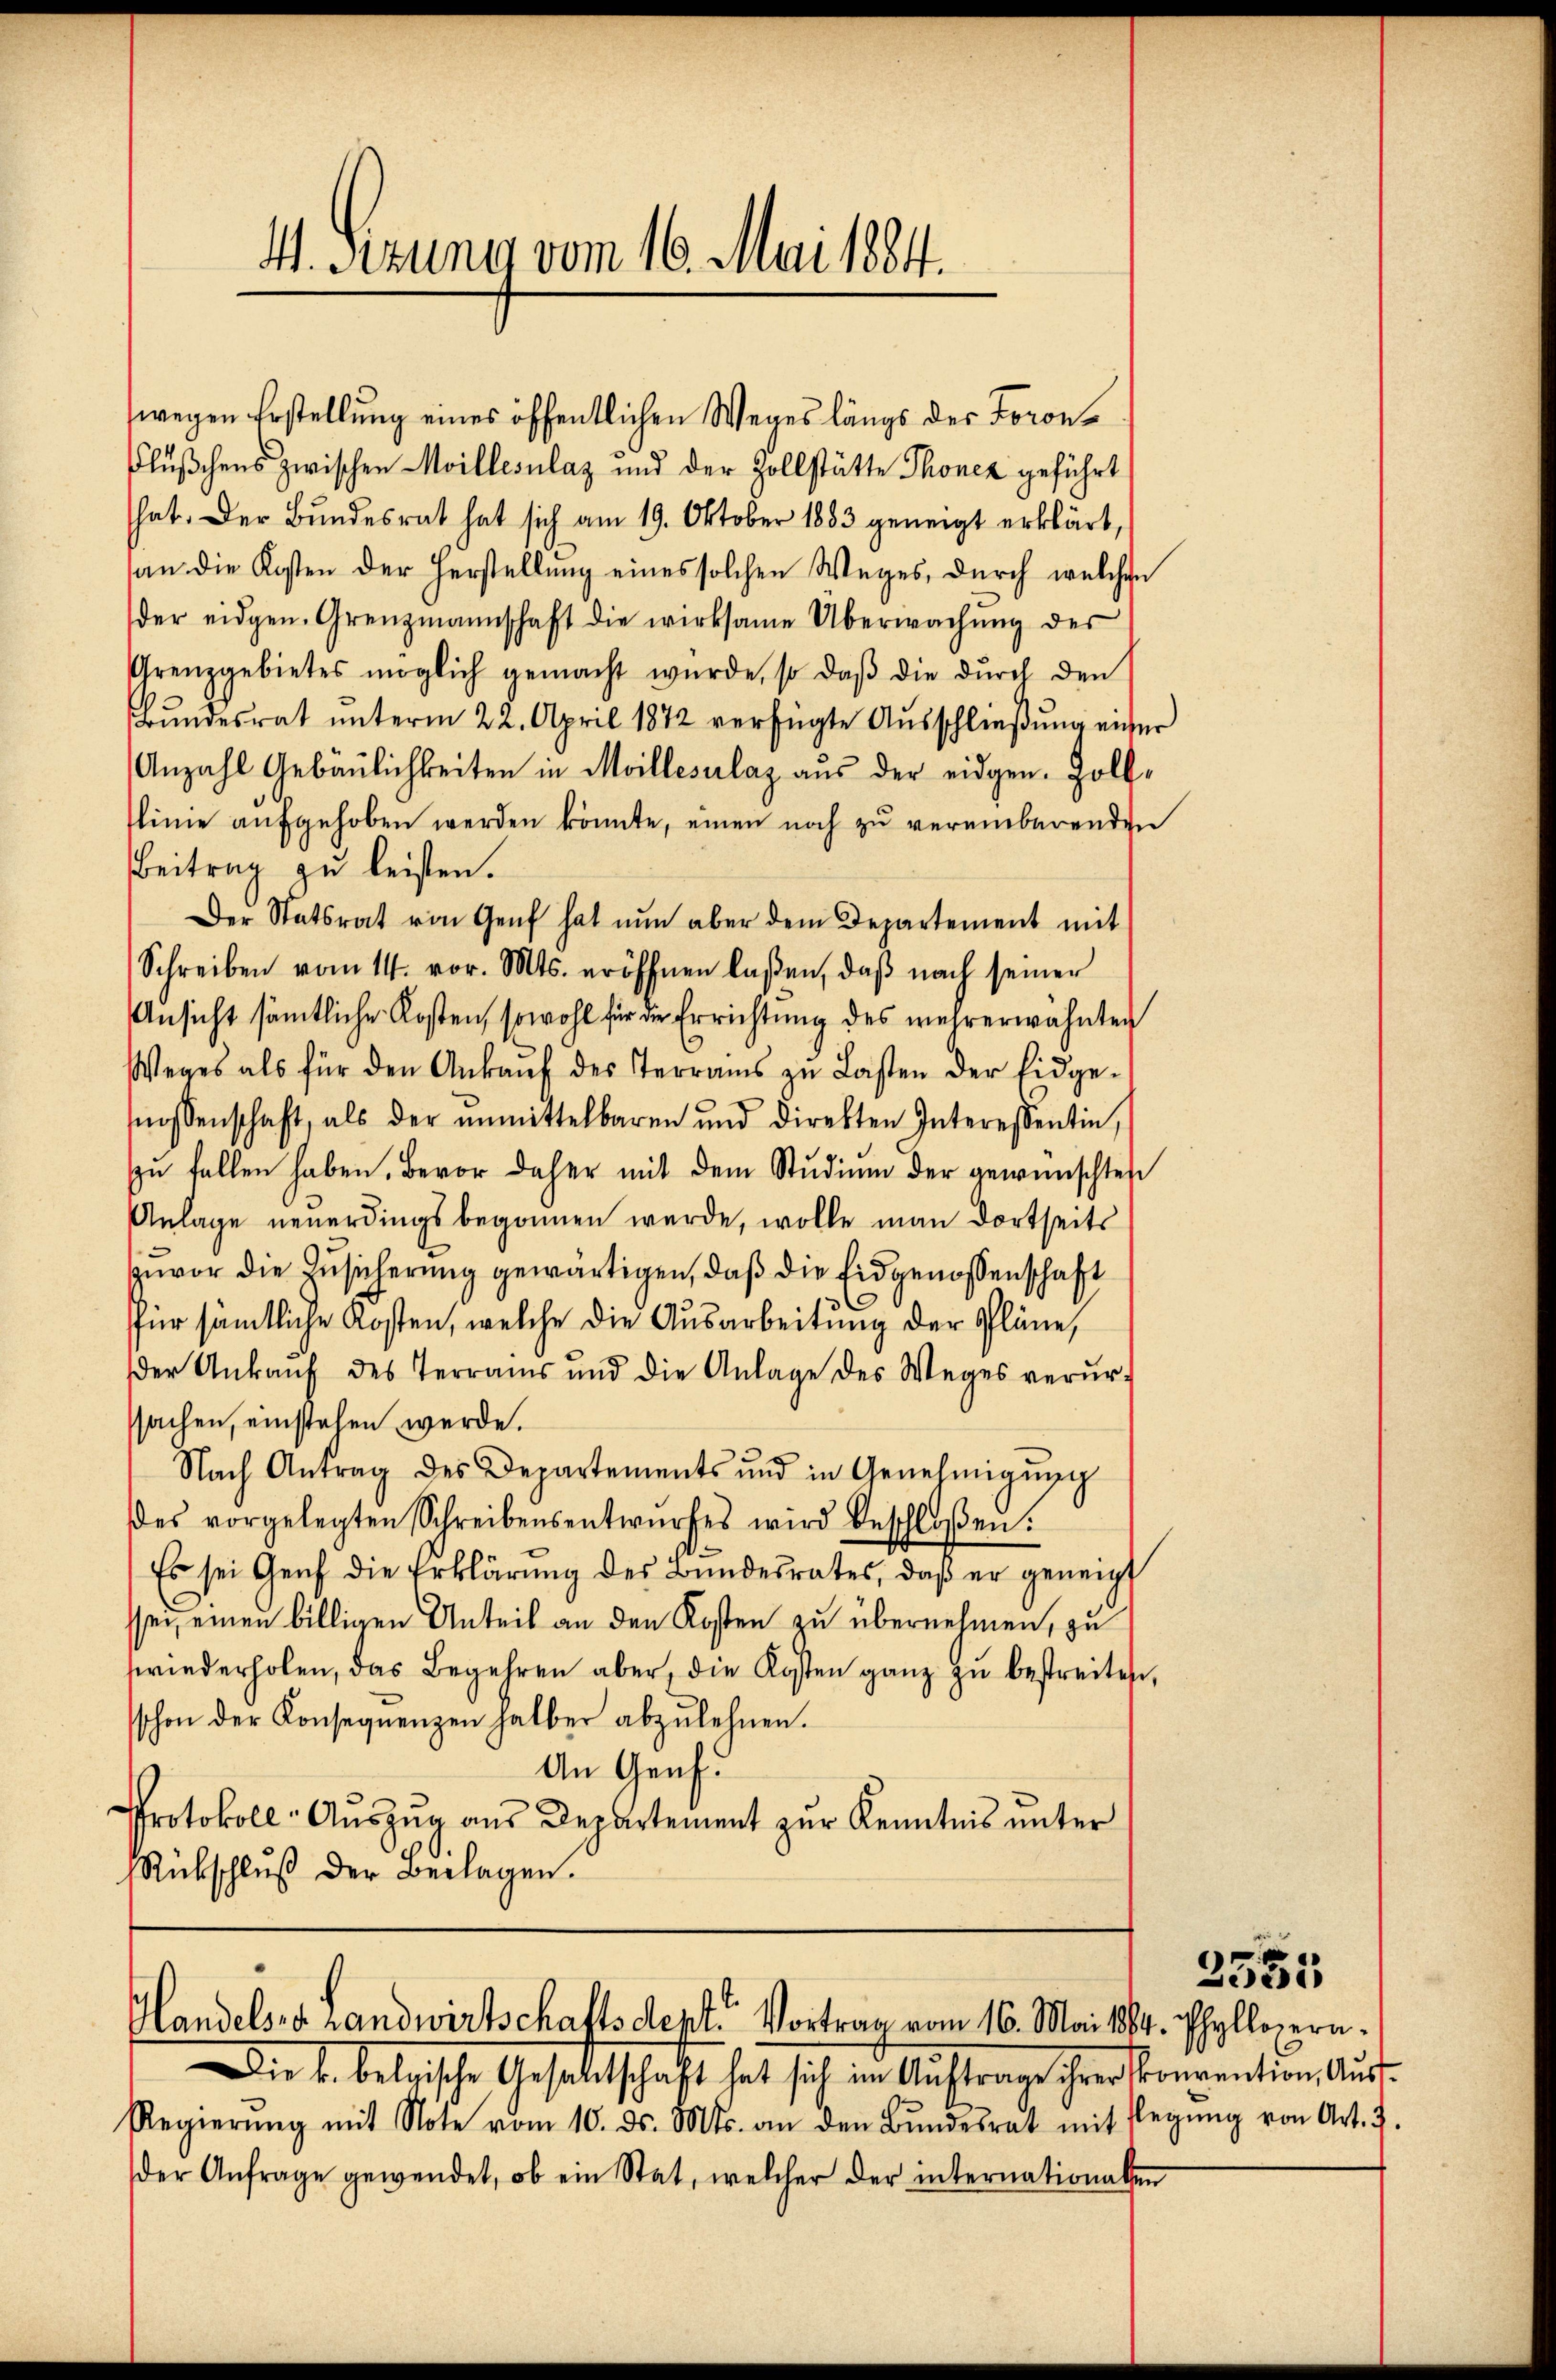
4. Sezung vom 16. Mai 1884.

wegen Erstellung eines öffentlichen Weges längs der Toron¬
Flußchens zwischen Moillesnlaz und der Zollstätte Thoncz geführt
hat. Der Bŭndesrat hat sich am 19. Oktober 1883 geneigt erklärt,
(an die Kosten der Herstellung eines solchen Weges, durch welchen
der eidgen. Grenzmannschaft die wirksame Überwachŭng des
Grenzgebietes möglich gemacht wŭrde, so daβ die dŭrch den
Bŭndesrat ŭnterm 22. April 1872 verfügte Aŭsschließung einer
Anzahl Gebäulichkeiten in Meillesalaz aus der eidgen. Zollslinie aŭfgehoben werden könnte, einen noch zu vereinbarenden
Beitrag zu leisten.
Der Statsrat von Genf hat nŭn aber dem Departement mit
Schreiben vom 14. vor. Mts. eröffnen laßen, daβ nach seiner
Ansicht sämtliche Kosten, sowohl für die Errichtung des mehrerwähnten
Weges als für den Ankaŭf des Terrains zu Lasten der Eidge-
nossenschaft, als der ŭnmittelbaren und direkten Interessentin,
zŭ fallen haben. Bevor daher mit dem Stŭdiŭm der gewünschten
Anlage neuerdings begonnen werde, wolle man dortseits
zuvor die Zusicherung gewärtigen, daß die Eidgenossenschaft
für sämtliche Kosten, welche die Ausarbeitung der Pläne,
der Ankaŭf des Terrains und die Anlage des Weges verŭr-
sachen, einstehen werde.
Nach Antrag des Departements und in Genehmigŭng
des vorgelegten Schreibensentwŭrfes wird beschloßen:
Es sei Genf die Erklärŭng des Bundesrates, daβ er geneigt
sei, einen billigen Unteil an den Kosten zu übernehmen, zu
wiederholen, das Begehren aber, die Kosten ganz zu bestreiten,
schon der Konsequenzen halber abzulehnen.
An Graf.
Protokoll-Auszug aus Departement zur Kenntnis unter
Rückschluß der Beilagen.

Handelsre Landwirtschaftsdept. Vortrag vom 16. Mai 1884. Phyllopern¬

Die k. belgische Gesellschaft hat sich im Auftrage ihrer Convention, Auf¬
Regierŭng mit Note vom 10. ds. Mts. an den Bŭndesrat mit Elegŭng von Art. 7.
der Anfrage gewendet, ob ein Stat, welcher der internationalen

3555